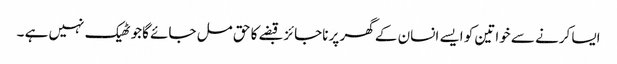
ایسا کرنے سے خواتین کو ایسے انسان کے گھر پر ناجائز قبضے کا حق مل جائے گاجو ٹھیک نہیں ہے ۔